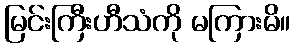
မြင်းကြီးဟီသံကို မကြားမိ။